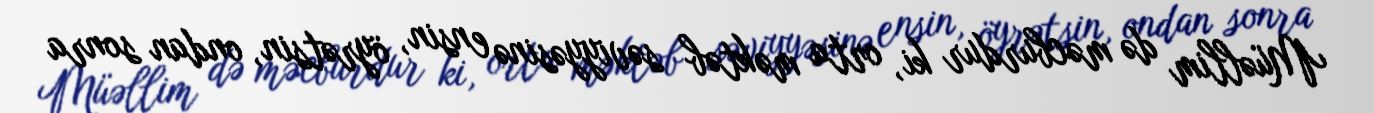
Müəllim də məcburdur ki, orta məktəb səviyyəsinə ensin, öyrətsin, ondan sonra